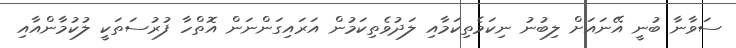
ސަވާނާ ބުނީ އޭނައަށް ލިބުނު ނިކަމެތިކަމާއި ލަދުވެތިކަމުން އަރައިގަންނަން އޮތްހާ ފުރުސަތަކީ ލުކުމާންއާއި